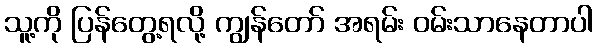
သူ့ကို ပြန်တွေ့ရလို့ ကျွန်တော် အရမ်း ဝမ်းသာနေတာပါ